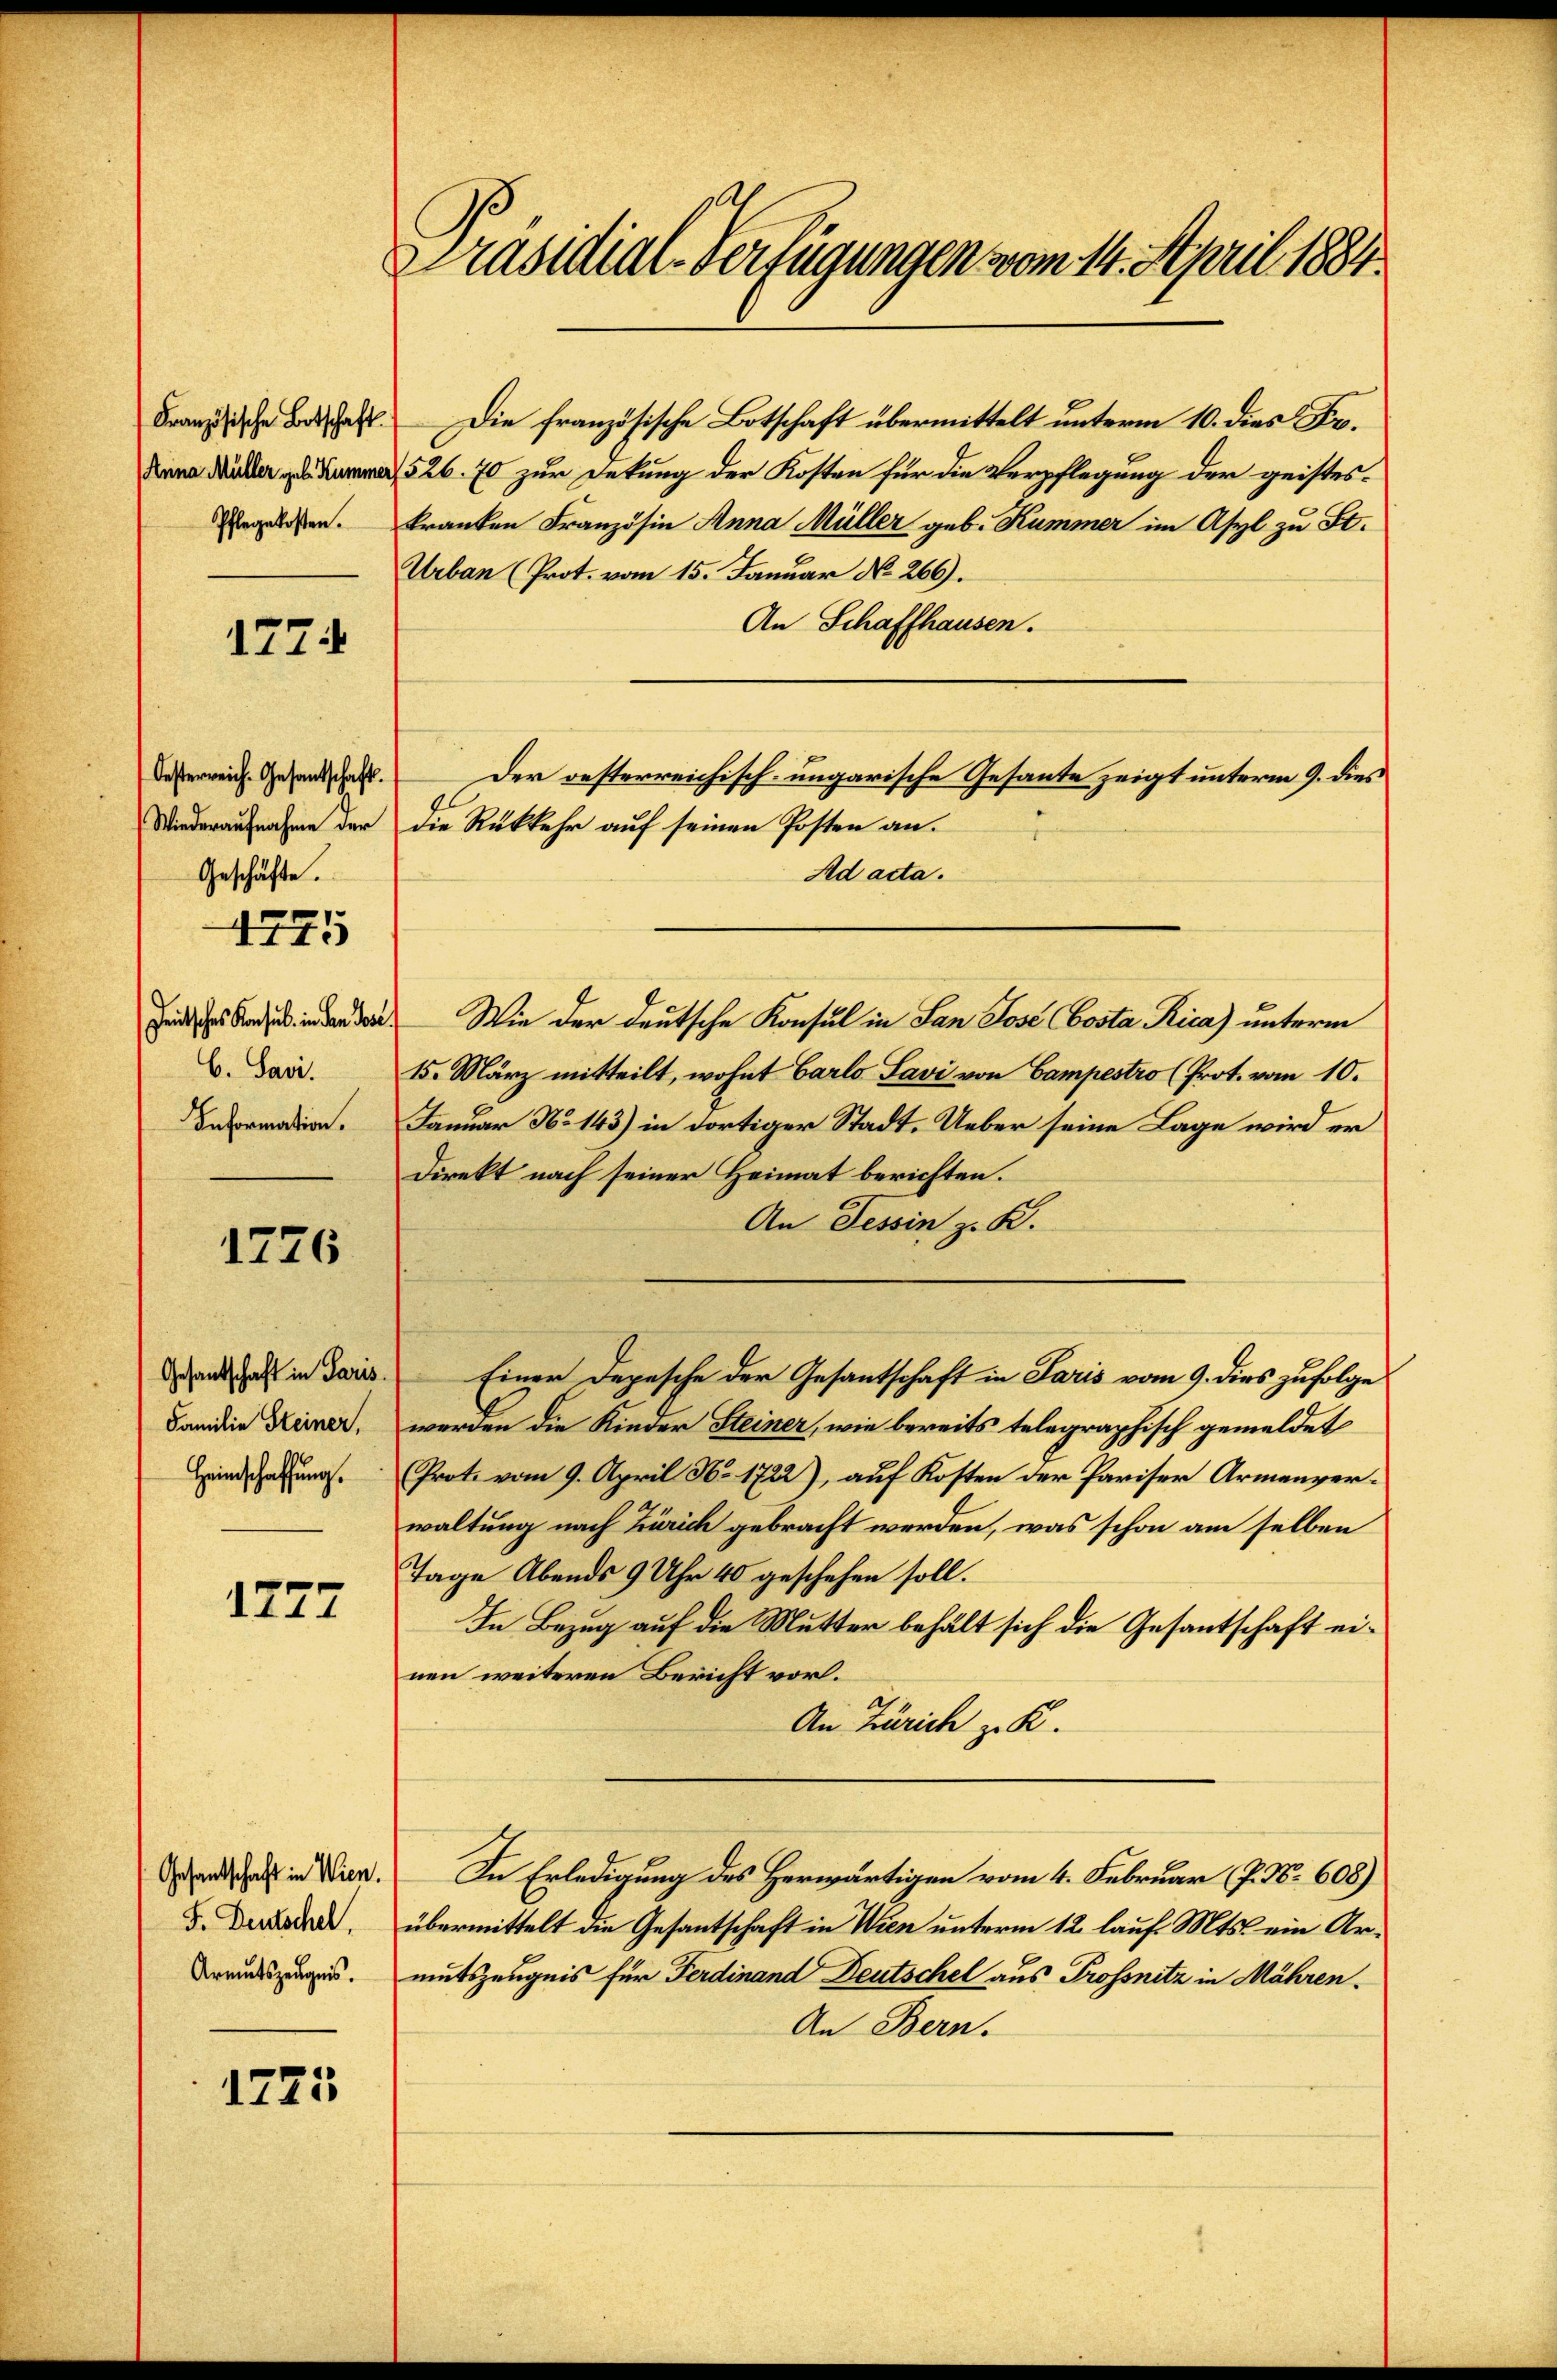
Französische Botschaft.
Anna Müller geb. Kumme
Pflegekosten.

Oesterreich. Gesantschaft.
Wiederaufnahme der
Geschäfte.
e

1774

4145

Deutsches Konsul in den 300
C. Savi.
Information.

1776

Gesantschaft in Paris.
Familie Steiner,
Heinschaffung.

1777

Gesantschaft in Wien.
F. Deutschel,
Armutszeugnis.

1723

Präsidial-Verfügungen vom 14. April 1884.

Die französische Botschaft übermittelt unterm 10. dies Fr.
526. 70 zur Dekung der Kosten für die Verpflegung der geisteskranken Französin Anna Müller geb. Kummer im Asyl zu St.
Urban (Prot. vom 15. Januar N. 266.
An Schaffhausen.
Der oesterreichisch-ungarische Gesante zeigt unterm 9. dies
die Rükkehr auf seinen Posten an.
Ad acta.
Wie der deutsche Konsul in San Jose (Costa Rica) unterm
15. März mitteilt, wohnt Carlo Savi von Campestro (Prot. vom 10.
Januar No 143) in dortiger Stadt. Ueber seine Lage wird er
Direkt nach seiner Heimat berichten.
An Tessin z. K.
Einer Depesche der Gesantschaft in Paris vom 9. dies zufolge
werden die Kinder Steiner, wie bereits telegraphisch gemeldet
Prote vom 9. April No 1722), auf Kosten der Pariser Armenverwaltung nach Zürich gebracht werden, was schon am selben
Tage Abends 9 Uhr 40 geschehen soll.
In Bezug auf die Mutter behält sich die Gesantschaft einen weiteren Bericht vor.
An Zürich z. K.
In Erledigung des Herwärtigen vom 4. Februar (J. N. 608)
übermittelt die Gesantschaft in Wien unterm 12. lauf. Mts. ein Armutszeugnis für Ferdinand Deutschel aus Prossnitz in Mähren.
An Bern.